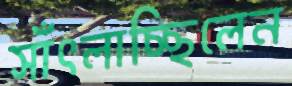
সাঁৎলাচ্ছিলেন